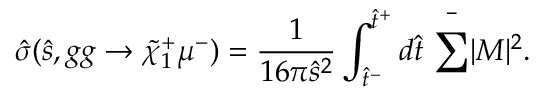
\hat { \sigma } ( \hat { s } , g g \rightarrow \tilde { \chi } _ { 1 } ^ { + } \mu ^ { - } ) = \frac { 1 } { 1 6 \pi \hat { s } ^ { 2 } } \int _ { \hat { t } ^ { - } } ^ { \hat { t } ^ { + } } d \hat { t } ~ \bar { \sum _ { } ^ { } } | { \cal M } | ^ { 2 } .